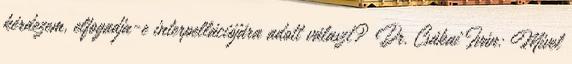
kérdezem, elfogadja-e interpellációjára adott választ? Dr. Csákai Iván: Mivel